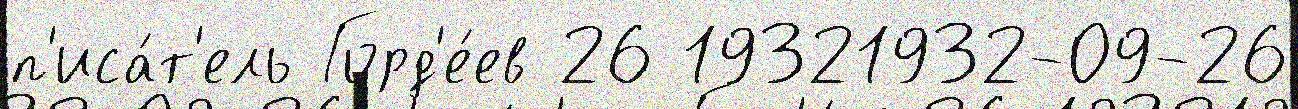
п'иса́т'ель Горд'е́ев 26 19321932-09-26